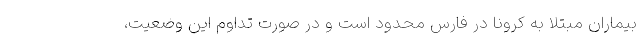
بیماران مبتلا به کرونا در فارس محدود است و در صورت تداوم این وضعیت،